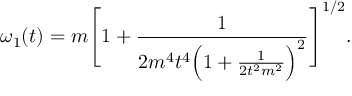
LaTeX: \omega _ { 1 } ( t ) = m \Biggl [ 1 + \frac { 1 } { 2 m ^ { 4 } t ^ { 4 } \Bigl ( 1 + \frac { 1 } { 2 t ^ { 2 } m ^ { 2 } } \Bigr ) ^ { 2 } } \Biggr ] ^ { 1 / 2 } .